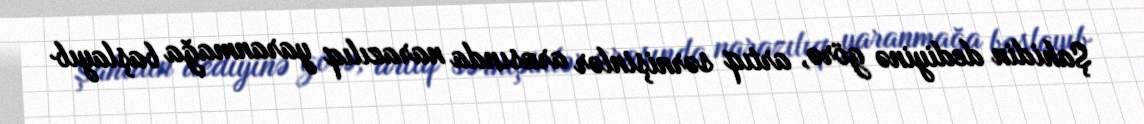
Şahidin dediyinə görə, artıq sərnişinlər arasında narazılıq yaranmağa başlayıb